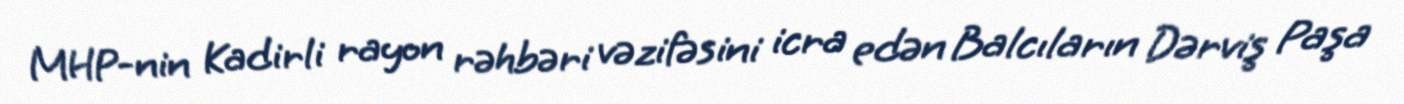
MHP-nin Kadirli rayon rəhbəri vəzifəsini icra edən Balcıların Dərviş Paşa